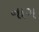
નાગ